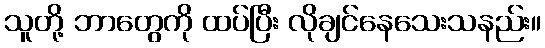
သူတို့ ဘာတွေကို ထပ်ပြီး လိုချင်နေသေးသနည်း။